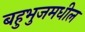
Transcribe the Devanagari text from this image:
बहुभुजमधील